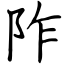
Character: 阼